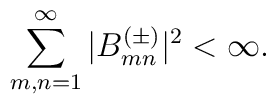
\sum_{m,n=1}^\infty|B^{(\pm)}_{mn}|^2 < \infty.